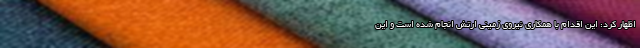
اظهار کرد: این اقدام با همکاری نیروی زمینی ارتش انجام شده است و این